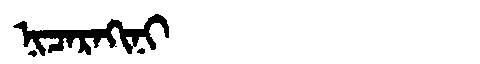
Manchu: ᠨᡳᠴᠠᡵᠠᡴᡳᠨᡳ
Romanization: NICARAKINI